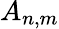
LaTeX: A_{n,m}